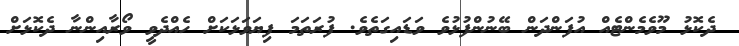
ދެކޮޅު މޫވެމެންޓެއް އުފަންދަން ބޭނުންފުޅުވެ ވަޑައިގަތެވެ. ފުރަތަމަ ފިޔަވަޅަކަށް ހެއްދެވީ ވޯރާއިންނާ ދެކޮޅަށް